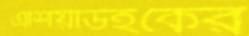
এশিয়াউইকের